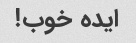
ایده خوب!